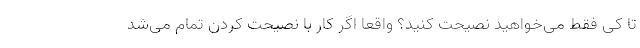
تا کی فقط می‌خواهید نصیحت کنید؟ واقعا اگر کار با نصیحت کردن تمام می‌شد